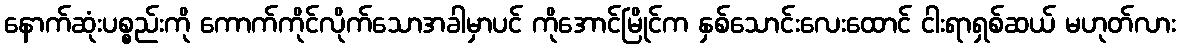
နောက်ဆုံးပစ္စည်းကို ကောက်ကိုင်လိုက်သောအခါမှာပင် ကိုအောင်မြိုင်က နှစ်သောင်းလေးထောင် ငါးရာရှစ်ဆယ် မဟုတ်လား